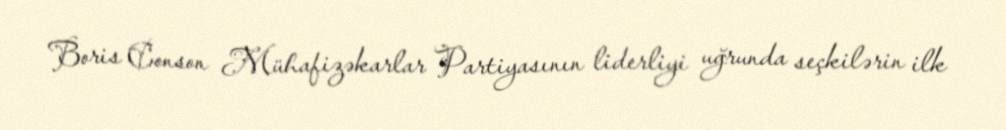
Boris Conson Mühafizəkarlar Partiyasının liderliyi uğrunda seçkilərin ilk